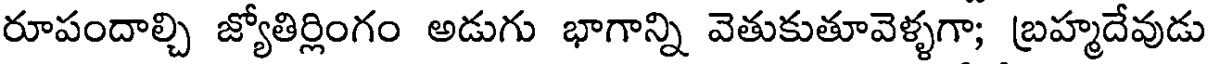
రూపందాల్చి జ్యోతిర్లింగం అడుగు భాగాన్ని వెతుకుతూవెళ్ళగా; బ్రహ్మదేవుడు